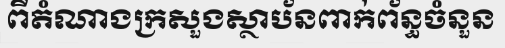
ពីតំណាងក្រសួងស្ថាប័នពាក់ព័ន្ធចំនួន